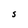
Character: S